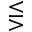
\lesseqgtr